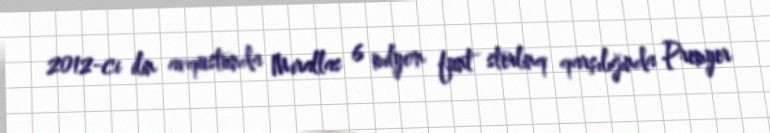
2012-ci ilin avqustunda Mirallas 6 milyon funt sterlinq qarşılığında Premyer